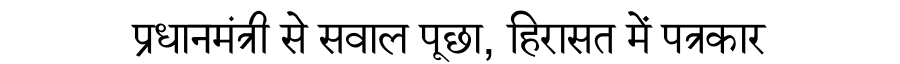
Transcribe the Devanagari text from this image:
प्रधानमंत्री से सवाल पूछा, हिरासत में पत्रकार